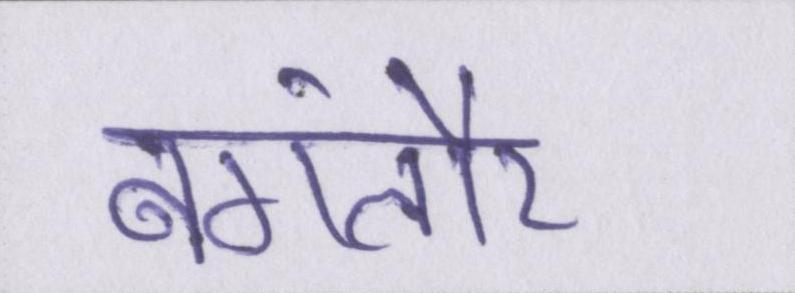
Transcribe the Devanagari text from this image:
बंगलौर